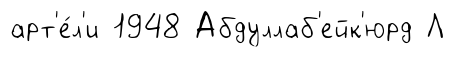
арт'е́л'и 1948 Абдуллаб'ейк'юрд Л